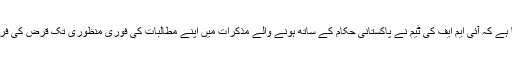
ذرائع وزارت خزانہ کا بتانا ہے کہ آئی ایم ایف کی ٹیم نے پاکستانی حکام کے ساتھ ہونے والے مذکرات میں اپنے مطالبات کی فوری منظوری تک قرض کی فراہمی سے انکار کر دیا ہے۔